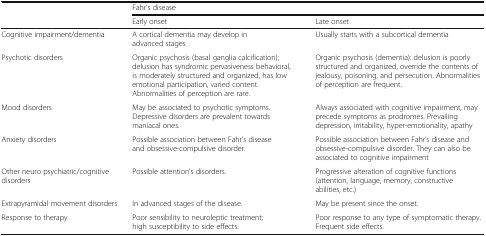
<table><thead><tr><td></td><td colspan="2"><b>Fahr’s disease</b></td></tr><tr><td></td><td><b>Early onset</b></td><td><b>Late onset</b></td></tr></thead><tbody><tr><td>Cognitive impairment/dementia</td><td>A cortical dementia may develop in advanced stages</td><td>Usually starts with a subcortical dementia</td></tr><tr><td>Psychotic disorders</td><td>Organic psychosis (basal ganglia calcification); delusion has syndromic pervasiveness behavioral, is moderately structured and organized, has low emotional participation, varied content. Abnormalities of perception are rare.</td><td>Organic psychosis (dementia): delusion is poorly structured and organized, override the contents of jealousy, poisoning, and persecution. Abnormalities of perception are frequent.</td></tr><tr><td>Mood disorders</td><td>May be associated to psychotic symptoms. Depressive disorders are prevalent towards maniacal ones.</td><td>Always associated with cognitive impairment, may precede symptoms as prodromes. Prevailing depression, irritability, hyper-emotionality, apathy</td></tr><tr><td>Anxiety disorders</td><td>Possible association between Fahr’s disease and obsessive-compulsive disorder.</td><td>Possible association between Fahr’s disease and obsessive-compulsive disorder. They can also be associated to cognitive impairment</td></tr><tr><td>Other neuro psychiatric/cognitive disorders</td><td>Possible attention’s disorders.</td><td>Progressive alteration of cognitive functions (attention, language, memory, constructive abilities, etc.)</td></tr><tr><td>Extrapyramidal movement disorders</td><td>In advanced stages of the disease.</td><td>May be present since the onset.</td></tr><tr><td>Response to therapy</td><td>Poor sensibility to neuroleptic treatment; high susceptibility to side effects.</td><td>Poor response to any type of symptomatic therapy. Frequent side effects.</td></tr></tbody></table>